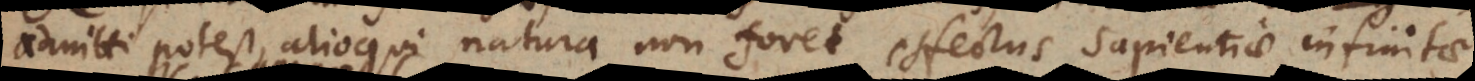
admitti potest, alioqui natura non foret effectus sapientiae infinitae.